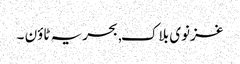
غزنوی بلاک, بحریہ ٹاؤن ۔